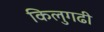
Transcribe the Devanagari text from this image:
किलुगढी